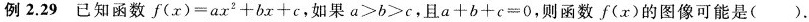
例2.29已知函数$$f(x)=ax^{2}+bx+c$$,如果a＞b＞c，且$$a+b+c=0$$，则函数f(x)的图像可能是（）